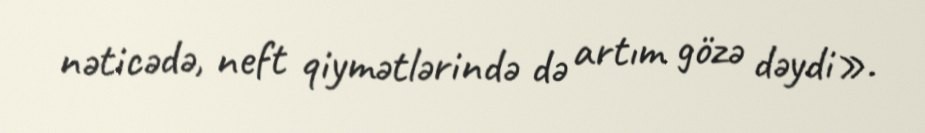
nəticədə, neft qiymətlərində də artım gözə dəydi».